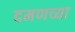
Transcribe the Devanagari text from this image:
दमणच्या